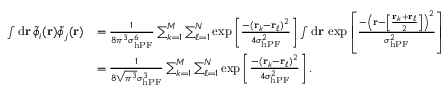
\begin{array} { r l } { \int \mathrm { d } \mathbf { r } \, \tilde { \phi } _ { i } ( \mathbf { r } ) \tilde { \phi } _ { j } ( \mathbf { r } ) } & { = \frac { 1 } { 8 \pi ^ { 3 } \sigma _ { \mathrm { h P F } } ^ { 6 } } \sum _ { k = 1 } ^ { M } \sum _ { \ell = 1 } ^ { N } \exp \left[ \frac { - ( \mathbf { r } _ { k } - \mathbf { r } _ { \ell } ) ^ { 2 } } { 4 \sigma _ { \mathrm { h P F } } ^ { 2 } } \right] \int \mathrm { d } \mathbf { r } \, \exp \left[ \frac { - \left( \mathbf { r } - \left[ \frac { \mathbf { r } _ { k } + \mathbf { r } _ { \ell } } { 2 } \right] \right) ^ { 2 } } { \sigma _ { \mathrm { h P F } } ^ { 2 } } \right] } \\ & { = \frac { 1 } { 8 \sqrt { \pi ^ { 3 } } \sigma _ { \mathrm { h P F } } ^ { 3 } } \sum _ { k = 1 } ^ { M } \sum _ { \ell = 1 } ^ { N } \exp \left[ \frac { - ( \mathbf { r } _ { k } - \mathbf { r } _ { \ell } ) ^ { 2 } } { 4 \sigma _ { \mathrm { h P F } } ^ { 2 } } \right] . } \end{array}